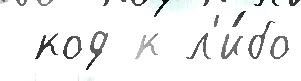
 код к л'и́бо